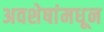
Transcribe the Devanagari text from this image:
अवशेषांमधून